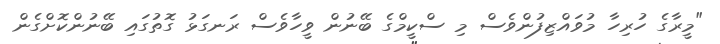
"މީރާގެ ހުރިހާ މުވައްޒިފުންވެސް މި ސްކީމްގެ ބޭނުން ވީހާވެސް ރަނގަޅު ގޮތުގައި ބޭނުންކޮށްގެން